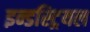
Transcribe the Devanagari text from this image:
इन्डस्ट्रियल